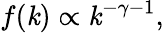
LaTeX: f(\mathit{k})\propto\mathit{k}^{-\gamma-1},